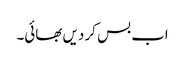
اب بس کر دیں بھائی۔